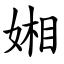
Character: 㜀